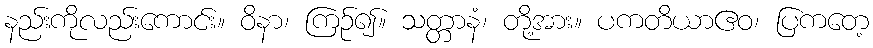
နည်းကိုလည်းကောင်း။ ဝိနာ၊ ကြဉ်၍။ သတ္တာနံ၊ တို့အား။ ပကတိယာဧဝ၊ ပြကတေ့